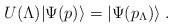
\begin{align*}U(\Lambda) |\Psi(p)\rangle = |\Psi(p_\Lambda) \rangle \; . \end{align*}